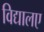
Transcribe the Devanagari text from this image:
विद्यालए